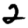
Digit: 2